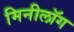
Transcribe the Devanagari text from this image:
मिनीलॉग